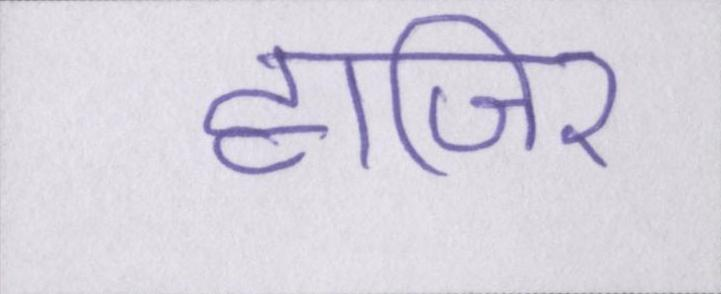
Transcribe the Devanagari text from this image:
हाजिर